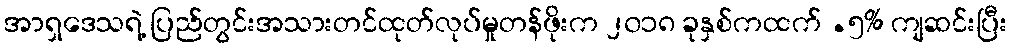
အာရှဒေသရဲ့ ပြည်တွင်းအသားတင်ထုတ်လုပ်မှုတန်ဖိုးက ၂၀၁၈ ခုနှစ်ကထက် .၅% ကျဆင်းပြီး